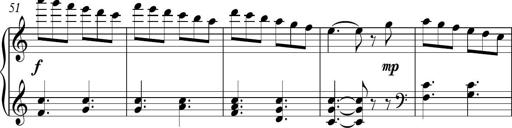
Title: Piano Sonatina in C
Composer: Daniel LÃ©o Simpson
Key: C major